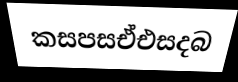
කසපසඒඑසදබ